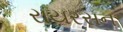
રાયરસન